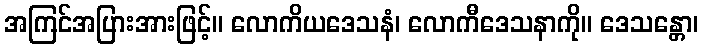
အကြင်အပြားအားဖြင့်။ လောကိယဒေသနံ၊ လောကီဒေသနာကို။ ဒေသန္တော၊